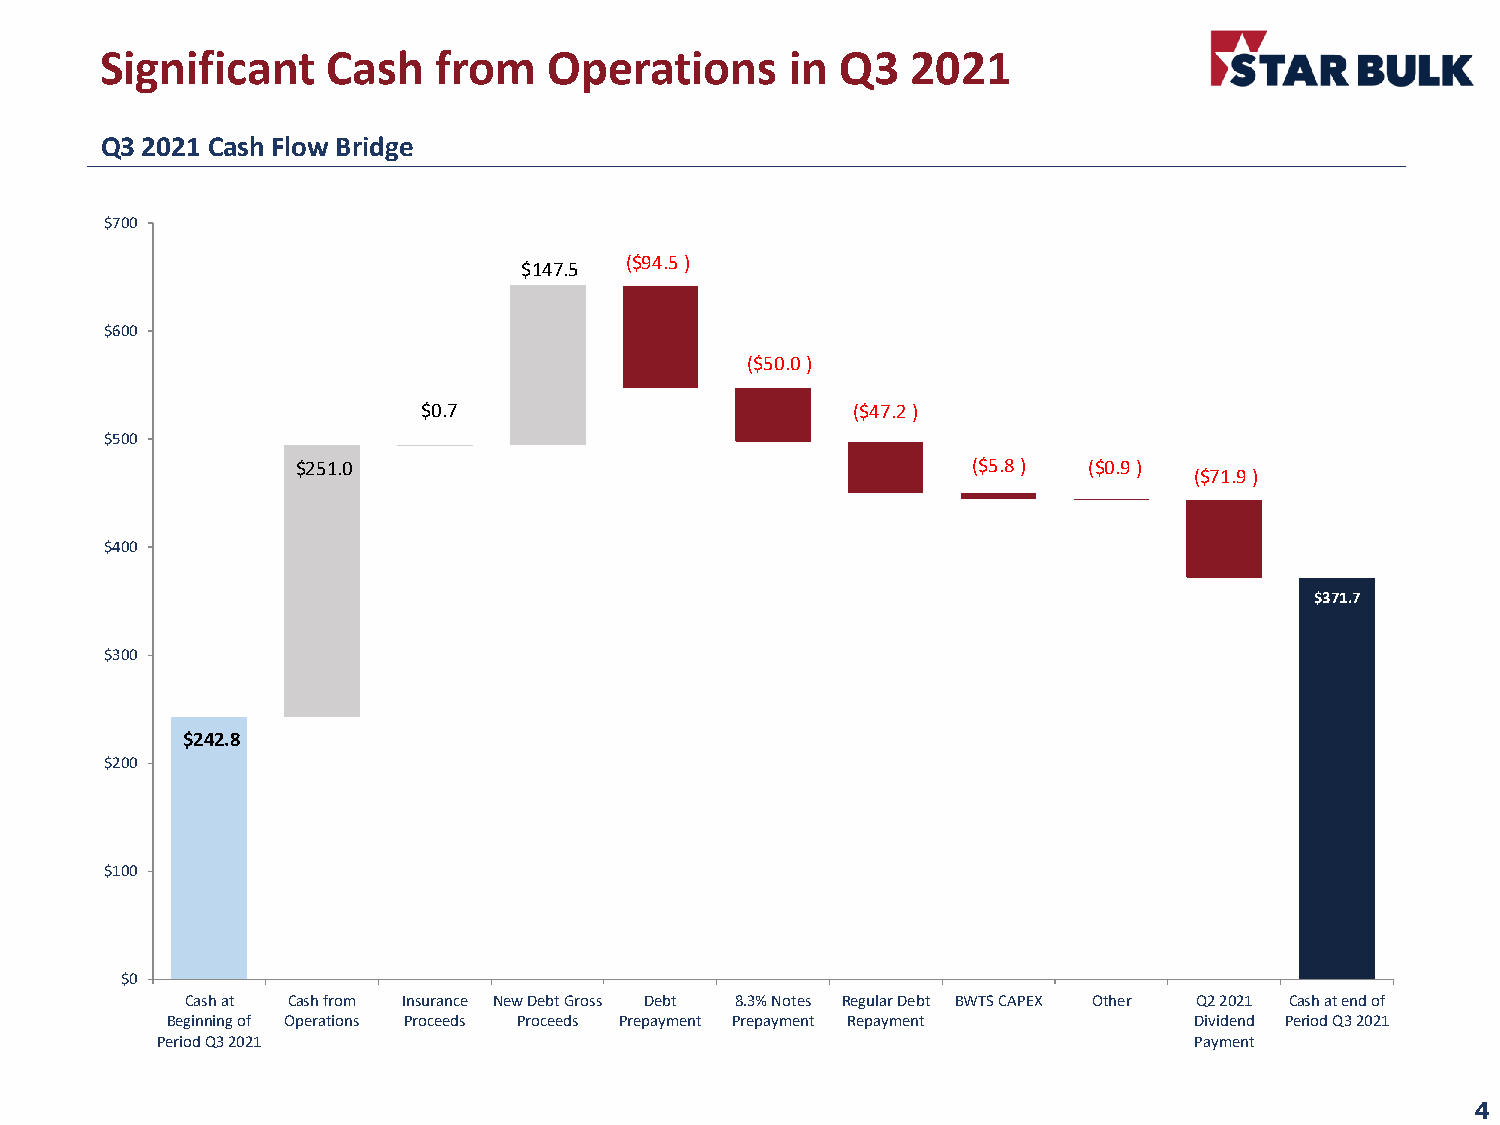
Significant    Cash   from   Operations      in  Q3  2021
 Q3 2021 Cash Flow Bridge
 $700
 ($94.5 )
 $147.5
 $600
 ($50.0 )
 $0.7                        ($47.2 )
 $500
 $251.0                                      ($5.8 ) ($0.9 )
 ($71.9 )
 $400
 $371.7
 $300
 $242.8
 $200
 $100
 $0
 Cash at Cash from Insurance New Debt Gross Debt 8.3% Notes Regular Debt BWTS CAPEX Other Q2 2021 Cash at end of
 Beginning of Operations Proceeds Proceeds Prepayment Prepayment Repayment Dividend Period Q3 2021
 Period Q3 2021                                                       Payment
 4